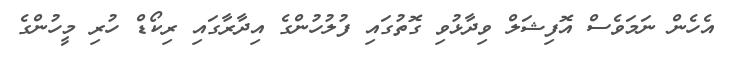
އެހެން ނަމަވެސް އޮފިޝަލް ވިދާޅުވި ގޮތުގައި ފުލުހުންގެ އިދާރާގައި ރިކޯޑް ހުރި މީހުންގެ